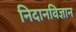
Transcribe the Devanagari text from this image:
निदानविज्ञान